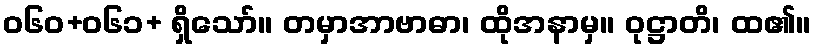
ဝ၆၀+၀၆၁+ ရှိသော်။ တမှာအာဗာဓာ၊ ထိုအနာမှ။ ဝုဋ္ဌာတိ၊ ထ၏။